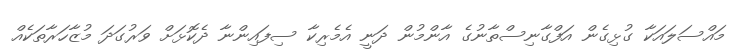
މައްސަލައަކާ ގުޅިގެން އަފްގާނިސްތާނުގެ އާންމުން ދަނީ އެމެރިކާ ސިފައިންނާ ދެކޮޅަށް ވަރުގަދަ މުޒާހަރާތަކެއް